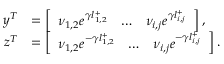
\begin{array} { r l } { \boldsymbol { y } ^ { T } } & { = \left[ \begin{array} { l l l } { \nu _ { 1 , 2 } e ^ { \gamma l _ { 1 , 2 } ^ { + } } } & { \ldots } & { \nu _ { i , j } e ^ { \gamma l _ { i , j } ^ { + } } } \end{array} \right] , } \\ { \boldsymbol { z } ^ { T } } & { = \left[ \begin{array} { l l l } { \nu _ { 1 , 2 } e ^ { - \gamma l _ { 1 , 2 } ^ { + } } } & { \ldots } & { \nu _ { i , j } e ^ { - \gamma l _ { i , j } ^ { + } } } \end{array} \right] . } \end{array}